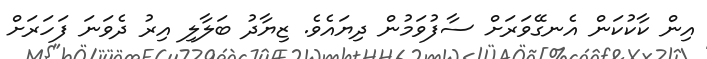
އިން ކާކުކަން އެނގޭވަރަށް ސާފުވަމުން ދިޔައެވެ. ޒިޔާދު ބަލާލި އިރު ދެވަނަ ފަހަރަށް